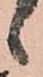
候